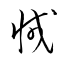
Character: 減